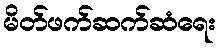
မိတ်ဖက်ဆက်ဆံရေး